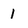
Character: 1